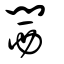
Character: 閪